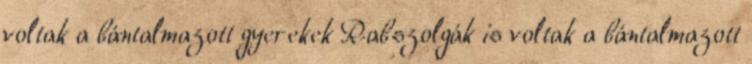
voltak a bántalmazott gyerekek Rabszolgák is voltak a bántalmazott